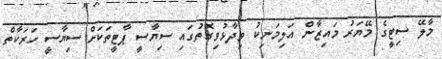
މާލޭ ސިޓީގެ މޭޔަރު މައިޒާން އަލިމަނިކު ވިދާޅުވިގޮތުގައި ސިޔާސީ ޕާޓީތަކަށް ސިޔާސީ ހަރަކާތް